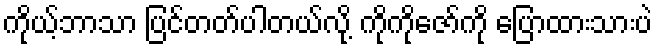
ကိုယ့်ဘာသာ ပြင်တတ်ပါတယ်လို့ ကိုကိုဇော်ကို ပြောထားသားပဲ